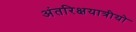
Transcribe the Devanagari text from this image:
अंतरिक्षयात्रीयो